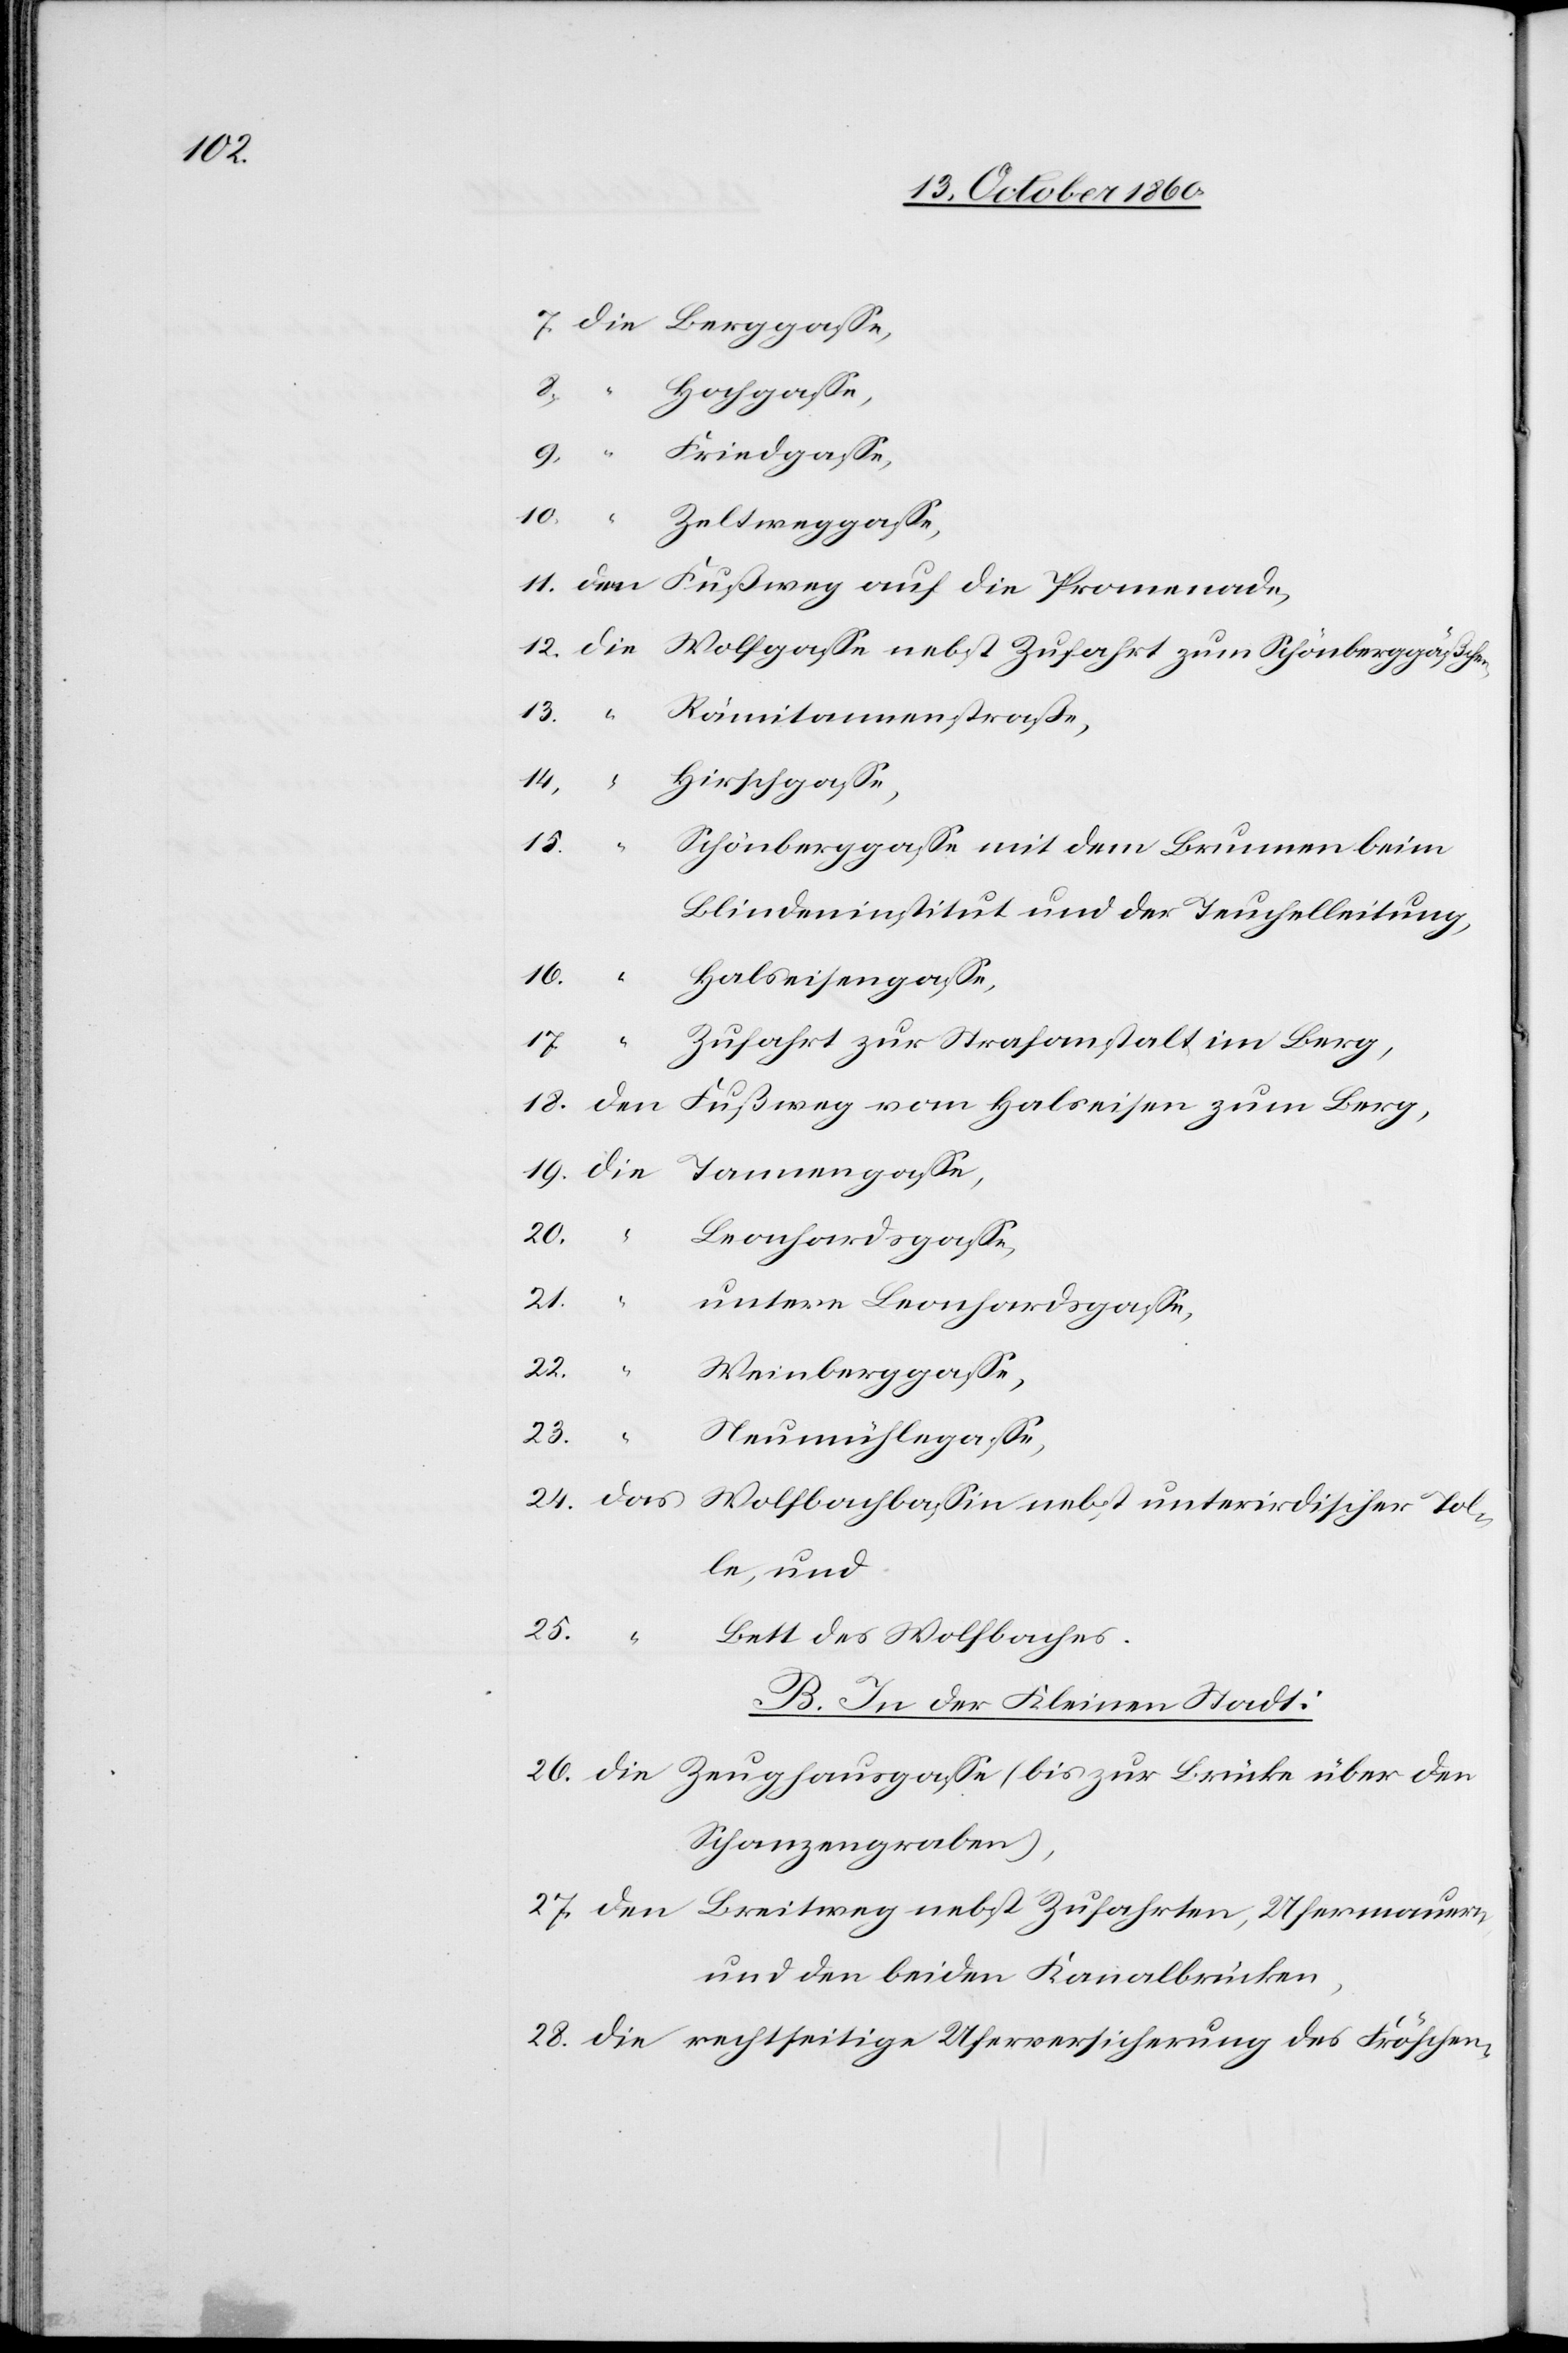
12.

18.
Zeug¬
Schönberggasse mit dem Brunnen beim
Blindeninstitut und der Teuchelleitung,
Fröschen-
16.
Halseisengasse,
Zufahrt zur Strafanstalt im Berg,
gasse,
19.
den Fußweg vom Halseisen zum Berg,
Brücke
20.
Leonhardgasse,
21.
untere Leonhardgasse,
27.
nebst
Weinberggasse,
28.
Neumühlegasse,
le, und
25.
Bett des Wolfbaches.
B. In der Kleinen Stadt:
Schanzengraben),
und den beiden Kanalbrücken,